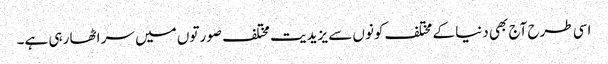
اسی طرح آج بھی دنیا کے مختلف کونوں سے یزیدیت مختلف صورتوں میں سر اٹھا رہی ہے۔